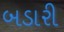
બડારી